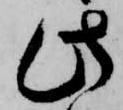
此